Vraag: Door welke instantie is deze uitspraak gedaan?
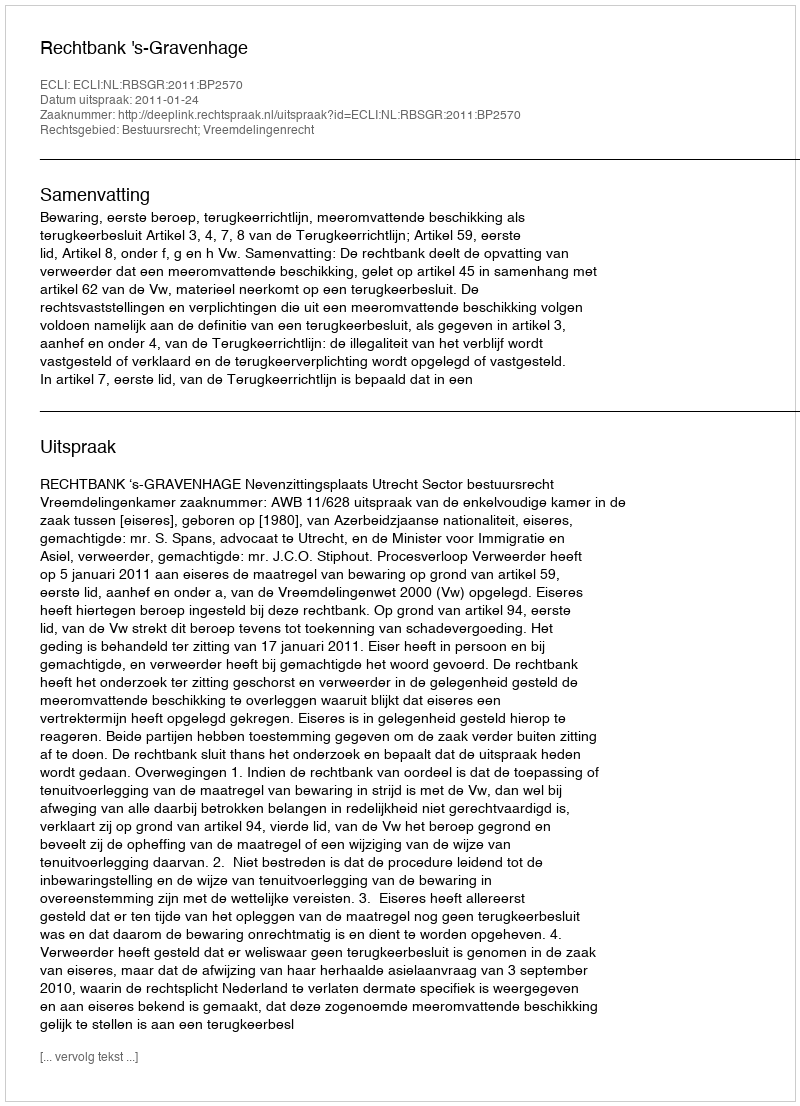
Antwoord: Rechtbank 's-Gravenhage